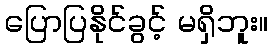
ပြောပြနိုင်ခွင့် မရှိဘူး။